Vaccination Hyderabad 1890-1903 - 1890-1903
Year: 1890
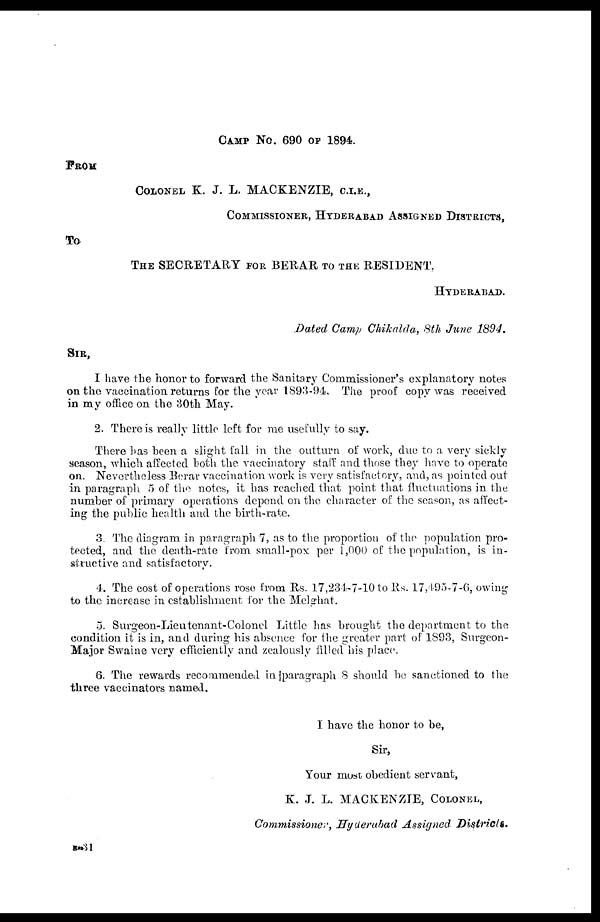
CAMP No. 690 OF 1894.
FROM
COLONEL K. J. L. MACKENZIE, C.I.E.,
COMMISSIONER, HYDERABAD ASSIGNED DISTRICTS,
To
THE SECRETARY FOR BERAR TO THE RESIDENT,
HYDERABAD.
Dated Camp Chikalda, 8th June 1894.
SIR,
I have the honor to forward the Sanitary Commissioner's explanatory notes
on the vaccination returns for the year 1893-94. The proof copy was received
in my office on the 30th May.
2. There is really little left for me usefully to say.
There has been a slight fall in the outturn of work, due to a very sickly
season, which affected both the vaccinatory staff and those they have to operate
on. Nevertheless Berar vaccination work is very satisfactory, and, as pointed out
in paragraph 5 of the notes, it has reached that point that fluctuations in the
number of primary operations depend on the character of the season, as affect-
ing the public health and the birth-rate.
3. The diagram in paragraph 7, as to the proportion of the population pro-
tected, and the death-rate from small-pox per 1,000 of the population, is in-
structive and satisfactory.
4. The cost of operations rose from Rs. 17,234-7-10 to Rs. 17,495-7-6, owing
to the increase in establishment for the Melghat.
5. Surgeon-Lieutenant-Colonel Little has brought the department to the
condition it is in, and during his absence for the greater part of 1893, Surgeon-
Major Swaine very efficiently and zealously filled his place.
6. The rewards recommended in paragraph 8 should be sanctioned to the
three vaccinators named.
I have the honor to be,
Sir,
Your most obedient servant,
K. J. L. MACKENZIE, COLONEL,
Commissioner, Hyderabad Assigned Districts.
B-31